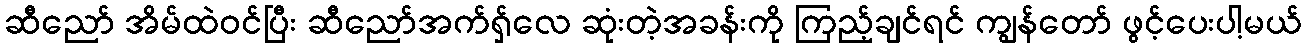
ဆီညော် အိမ်ထဲဝင်ပြီး ဆီညော်အက်ရှ်လေ ဆုံးတဲ့အခန်းကို ကြည့်ချင်ရင် ကျွန်တော် ဖွင့်ပေးပါ့မယ်